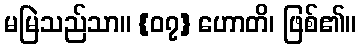
မမြဲသည်သာ။ {၀၇} ဟောတိ၊ ဖြစ်၏။